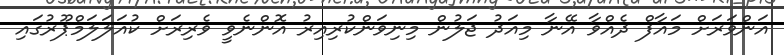
އަންވަރަށް މައާފް ދެއްވާ އޭނާ މިއަދު ޖަލުން މިނިވަންކުރިއިރު އޮންނެވީ ވެރިރަށް ކުއަލަލަމްޕޫރުގައި